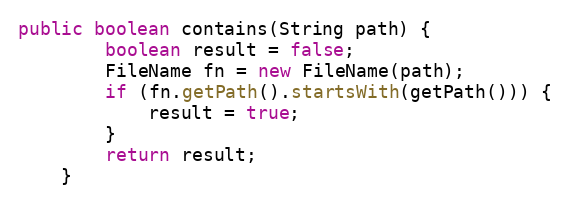
Language: Java
public boolean contains(String path) {
        boolean result = false;
        FileName fn = new FileName(path);
        if (fn.getPath().startsWith(getPath())) {
            result = true;
        }
        return result;
    }